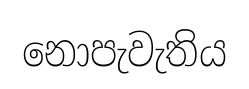
නොපැවැතිය